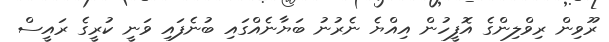
ރޫވިން ރިވްލިންގެ އޮފީހުން އިއްޔެ ނެރުނު ބަޔާނެއްގައި ބުނެފައި ވަނީ ކުރީގެ ރައީސް